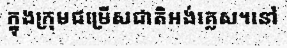
ក្នុងក្រុមជម្រើសជាតិអង់គ្លេស។នៅ